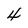
Character: 4